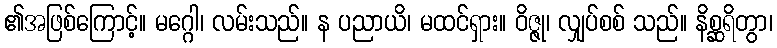
၏အဖြစ်ကြောင့်။ မဂ္ဂေါ၊ လမ်းသည်။ န ပညာယိ၊ မထင်ရှား။ ဝိဇ္ဇု၊ လျှပ်စစ် သည်။ နိစ္ဆရိတွာ၊